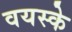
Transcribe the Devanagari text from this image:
वयस्के